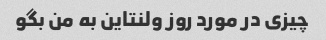
چیزی در مورد روز ولنتاین به من بگو